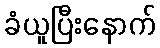
ခံယူပြီးနောက်